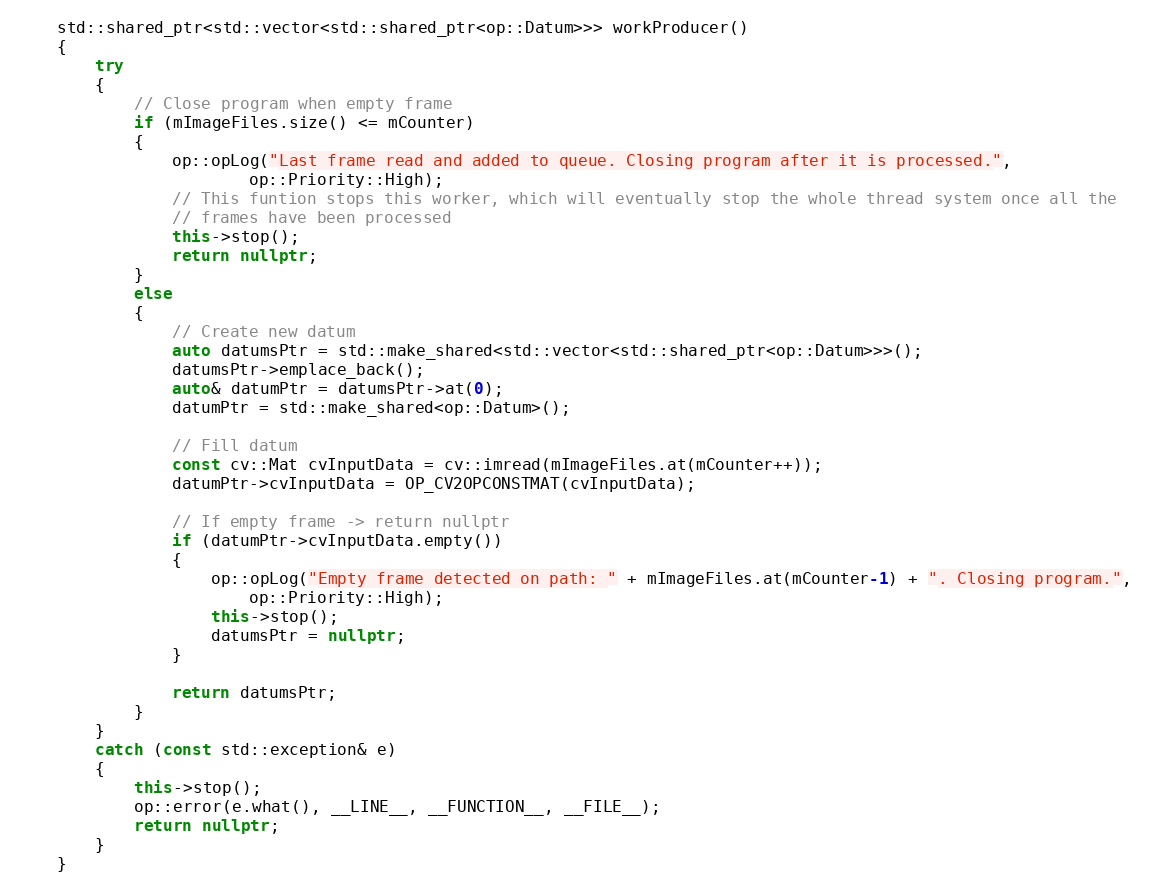
Language: C++
    std::shared_ptr<std::vector<std::shared_ptr<op::Datum>>> workProducer()
    {
        try
        {
            // Close program when empty frame
            if (mImageFiles.size() <= mCounter)
            {
                op::opLog("Last frame read and added to queue. Closing program after it is processed.",
                        op::Priority::High);
                // This funtion stops this worker, which will eventually stop the whole thread system once all the
                // frames have been processed
                this->stop();
                return nullptr;
            }
            else
            {
                // Create new datum
                auto datumsPtr = std::make_shared<std::vector<std::shared_ptr<op::Datum>>>();
                datumsPtr->emplace_back();
                auto& datumPtr = datumsPtr->at(0);
                datumPtr = std::make_shared<op::Datum>();

                // Fill datum
                const cv::Mat cvInputData = cv::imread(mImageFiles.at(mCounter++));
                datumPtr->cvInputData = OP_CV2OPCONSTMAT(cvInputData);

                // If empty frame -> return nullptr
                if (datumPtr->cvInputData.empty())
                {
                    op::opLog("Empty frame detected on path: " + mImageFiles.at(mCounter-1) + ". Closing program.",
                        op::Priority::High);
                    this->stop();
                    datumsPtr = nullptr;
                }

                return datumsPtr;
            }
        }
        catch (const std::exception& e)
        {
            this->stop();
            op::error(e.what(), __LINE__, __FUNCTION__, __FILE__);
            return nullptr;
        }
    }